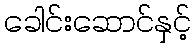
ခေါင်းဆောင်နှင့်